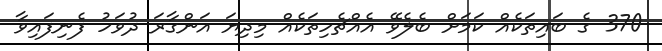
370 ގެ ބައިތަކެއް ކަމަށް ބެލެވޭ އެއްޗެހިތަކެއް މިދިޔަ އަންގާރަ ދުވަހު ފެނިފައިވާ